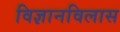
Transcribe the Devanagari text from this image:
विज्ञानविलास